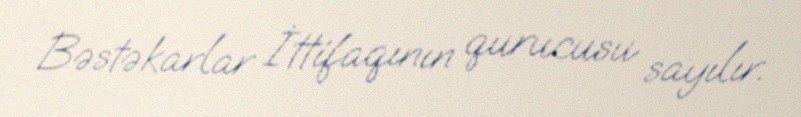
Bəstəkarlar İttifaqının qurucusu sayılır.